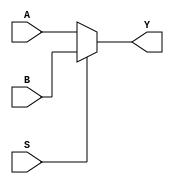
module mux_2to1 (
    input wire A, 
    input wire B, 
    input wire S,
    output wire Y
);

assign Y = S ? B : A;

endmodule